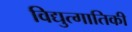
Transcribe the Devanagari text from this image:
विद्युत्गातिकी